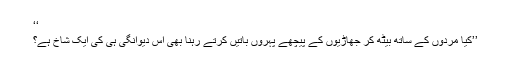
‘‘
’’کیا مردوں کے ساتھ بیٹھ کر جھاڑیوں کے پیچھے پہروں باتیں کرتے رہنا بھی اس دیوانگی ہی کی ایک شاخ ہے؟